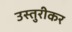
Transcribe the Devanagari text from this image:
उस्तुरीकर